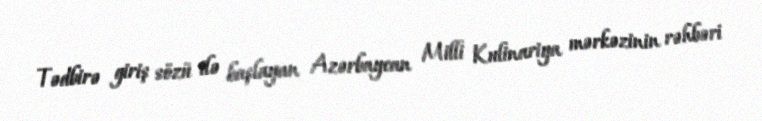
Tədbirə giriş sözü ilə başlayan Azərbaycan Milli Kulinariya mərkəzinin rəhbəri